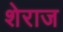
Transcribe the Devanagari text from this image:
शेराज